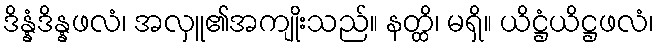
ဒိန္နံဒိန္နဖလံ၊ အလှူ၏အကျိုးသည်။ နတ္ထိ၊ မရှိ။ ယိဋ္ဌံယိဋ္ဌဖလံ၊